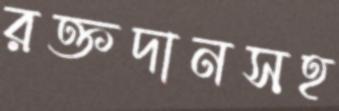
রক্তদানসহ